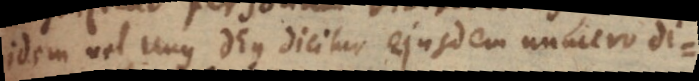
idem vel Unus Deus dicitur ejusdem numero di